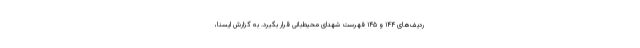
ردیف‌های ۱۴۴ و ۱۴۵ فهرست شهدای محیط‌بانی قرار بگیرد. به گزارش ایسنا،